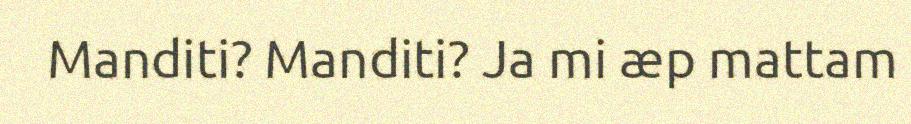
Manditi? Manditi? Ja mi æp mattam